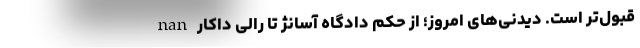
قبول‌تر است. دیدنی‌های امروز؛ از حکم دادگاه آسانژ تا رالی داکار nan